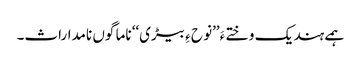
ہمے ہند یک وختے ءَ’’نو ح ءِ بیڑی‘‘ ناما گوں نامداراث۔